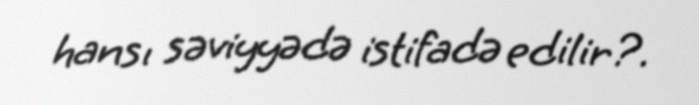
hansı səviyyədə istifadə edilir?.